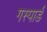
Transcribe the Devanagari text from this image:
गस्पार्ड